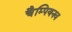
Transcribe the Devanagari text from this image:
चैम्पियनव